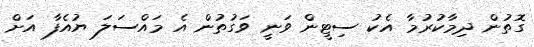
ގޮތުން ދިމާކުރުމާ އެކު ސިޓީން ވަނީ ވަގުތުން އެ މައްސަލަ ޔުއެފާ އަށް